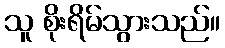
သူ စိုးရိမ်သွားသည်။